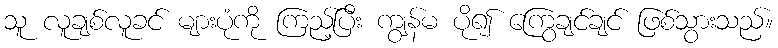
သူ လူချစ်လူခင် များပုံကို ကြည့်ပြီး ကျွန်မ ပို၍ ကြွေချင်ချင် ဖြစ်သွားသည်။